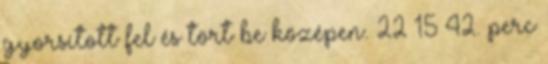
gyorsított fel és tört be középen. 22–15 42. perc